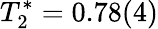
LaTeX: T_{2}^{*}=0.78(4)